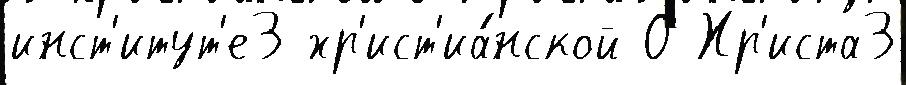
инст'итут'е3 хр'ист'иа́нской О Хр'иста3